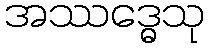
အဿဒ္ဓေသု